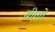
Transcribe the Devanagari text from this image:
बीलों